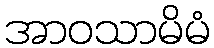
အာဝသာမိမံ